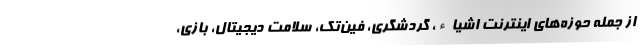
از جمله حوزه‌های اینترنت اشیاء، گردشگری، فین‌تک، سلامت دیجیتال، بازی،